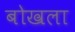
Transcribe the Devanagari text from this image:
बोखला